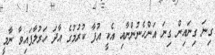
ގިނަ ގިނައިން ގިނަ އަންހެނުންނާއި އެކީ އުފާ ކުރުމުގެ އާދަ ހަރުލާފައިވާ ނާމީ